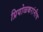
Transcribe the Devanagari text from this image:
प्रियोळकरांनीच